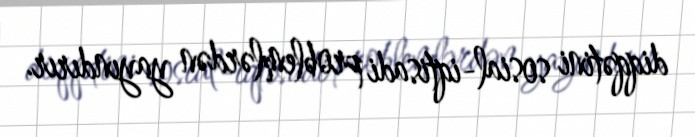
diqqətini sosial-iqtisadi problemlərdən yayındırır.